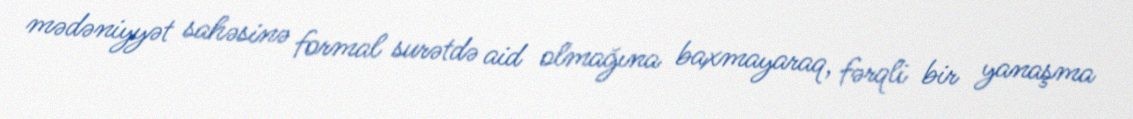
mədəniyyət sahəsinə formal surətdə aid olmağına baxmayaraq, fərqli bir yanaşma